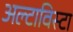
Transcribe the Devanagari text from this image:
अल्टाविस्टा